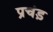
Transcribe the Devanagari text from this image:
प्रचंड़